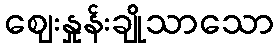
ဈေးနှုန်းချိုသာသော